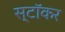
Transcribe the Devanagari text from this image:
स्टॉकर